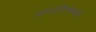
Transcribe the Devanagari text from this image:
छायाचित्रणाची